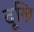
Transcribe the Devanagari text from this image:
दूखि